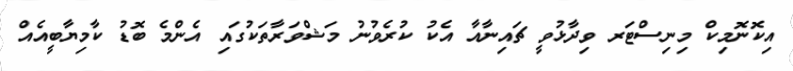
އިކޮނޮމިކް މިނިސްޓަރ ވިދާޅުވީ ޗައިނާއާ އެކު ކުރެވުނު މަޝްވަރާތަކުގައި އެންމެ ބޮޑު ކާމިޔާބީއެއް